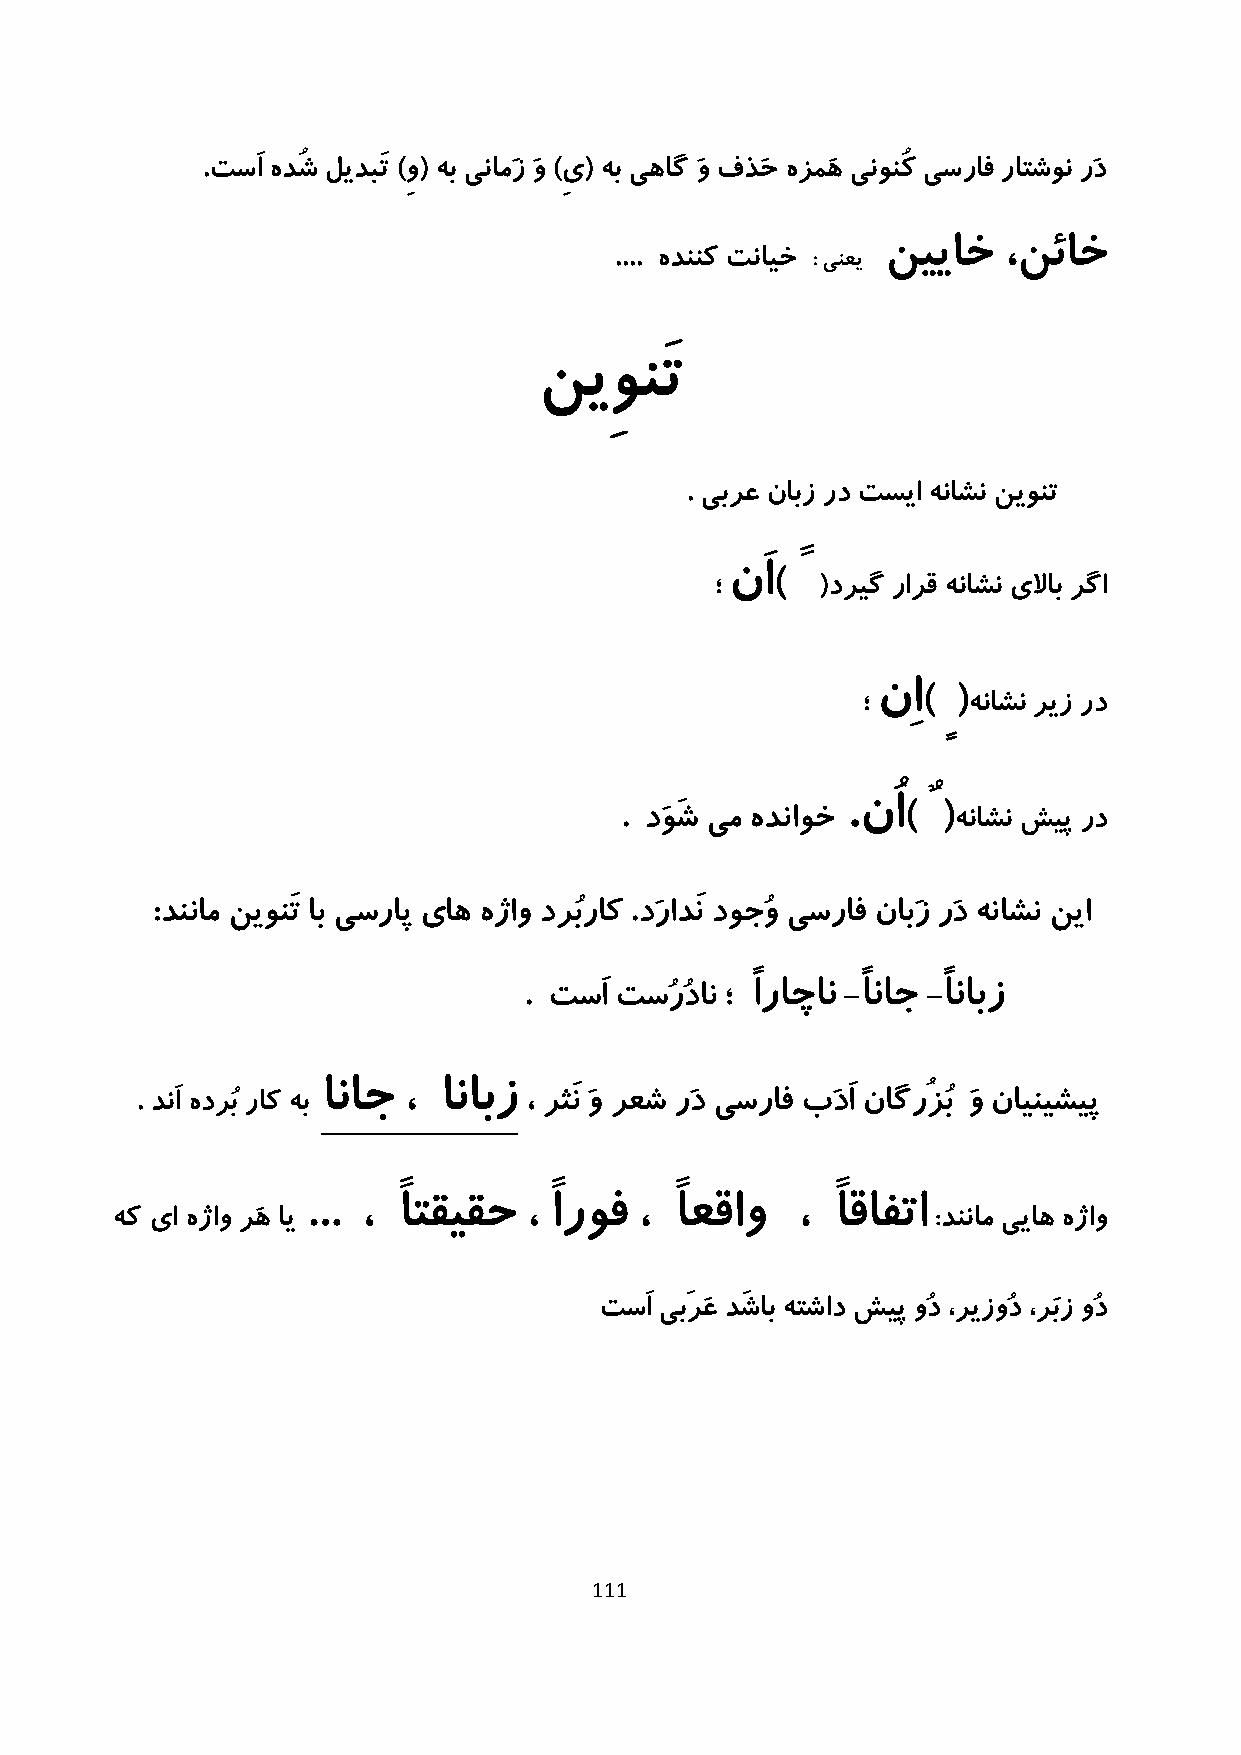
.تسَا هدُش لیدبَت )ِو( هب ینامَز َو )ِی( هب یهاگ َو فذَح هزمَه ینونُک یسراف راتشون رَد
 نییاخ  ،نئاخ
 .... هدننک تنایخ : ینعی
 نیِونَت
 . یبرع نابز رد تسیا هناشن نیونت
 ؛
 نَا) ً
 (دریگ رارق هناشن یلااب رگا
 ؛ نِا) ٍ (هناشن ریز رد
 . دَوَش یم هدناوخ .نُا) ٌ (هناشن شیپ رد
 :دننام نیونَت اب یسراپ یاه هژاو درُبراک .دَرادَن دوجُو یسراف نابَز رَد هناشن نیا
 . تسَا تسُرُدان ؛ ًاراچان -ًاناج -ًانابز
 . دنَا هدرُب راک هب اناج ، انابز ، رثَن َو رعش رَد یسراف بَدَا ناگرُزُب َو ناینیشیپ
 هک یا هژاو رَه ای ... ، ًاتقیقح ، ًاروف ، ًاعقاو ، ًاقافتا :دننام ییاه هژاو
 تسَا یبَرَع دَشاب هتشاد شیپ وُد ،ریزوُد ،رَبز وُد
 111